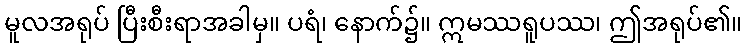
မူလအရုပ် ပြီးစီးရာအခါမှ။ ပရံ၊ နောက်၌။ ဣမဿရူပဿ၊ ဤအရုပ်၏။